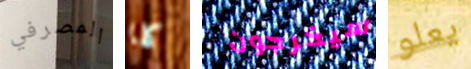
المصرفي كلا سيخرجون يعلو